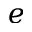
e